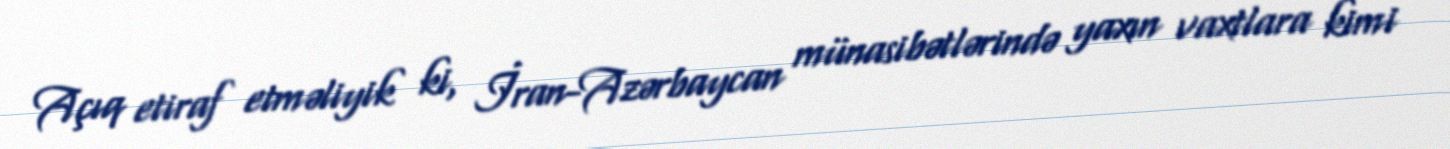
Açıq etiraf etməliyik ki, İran-Azərbaycan münasibətlərində yaxın vaxtlara kimi